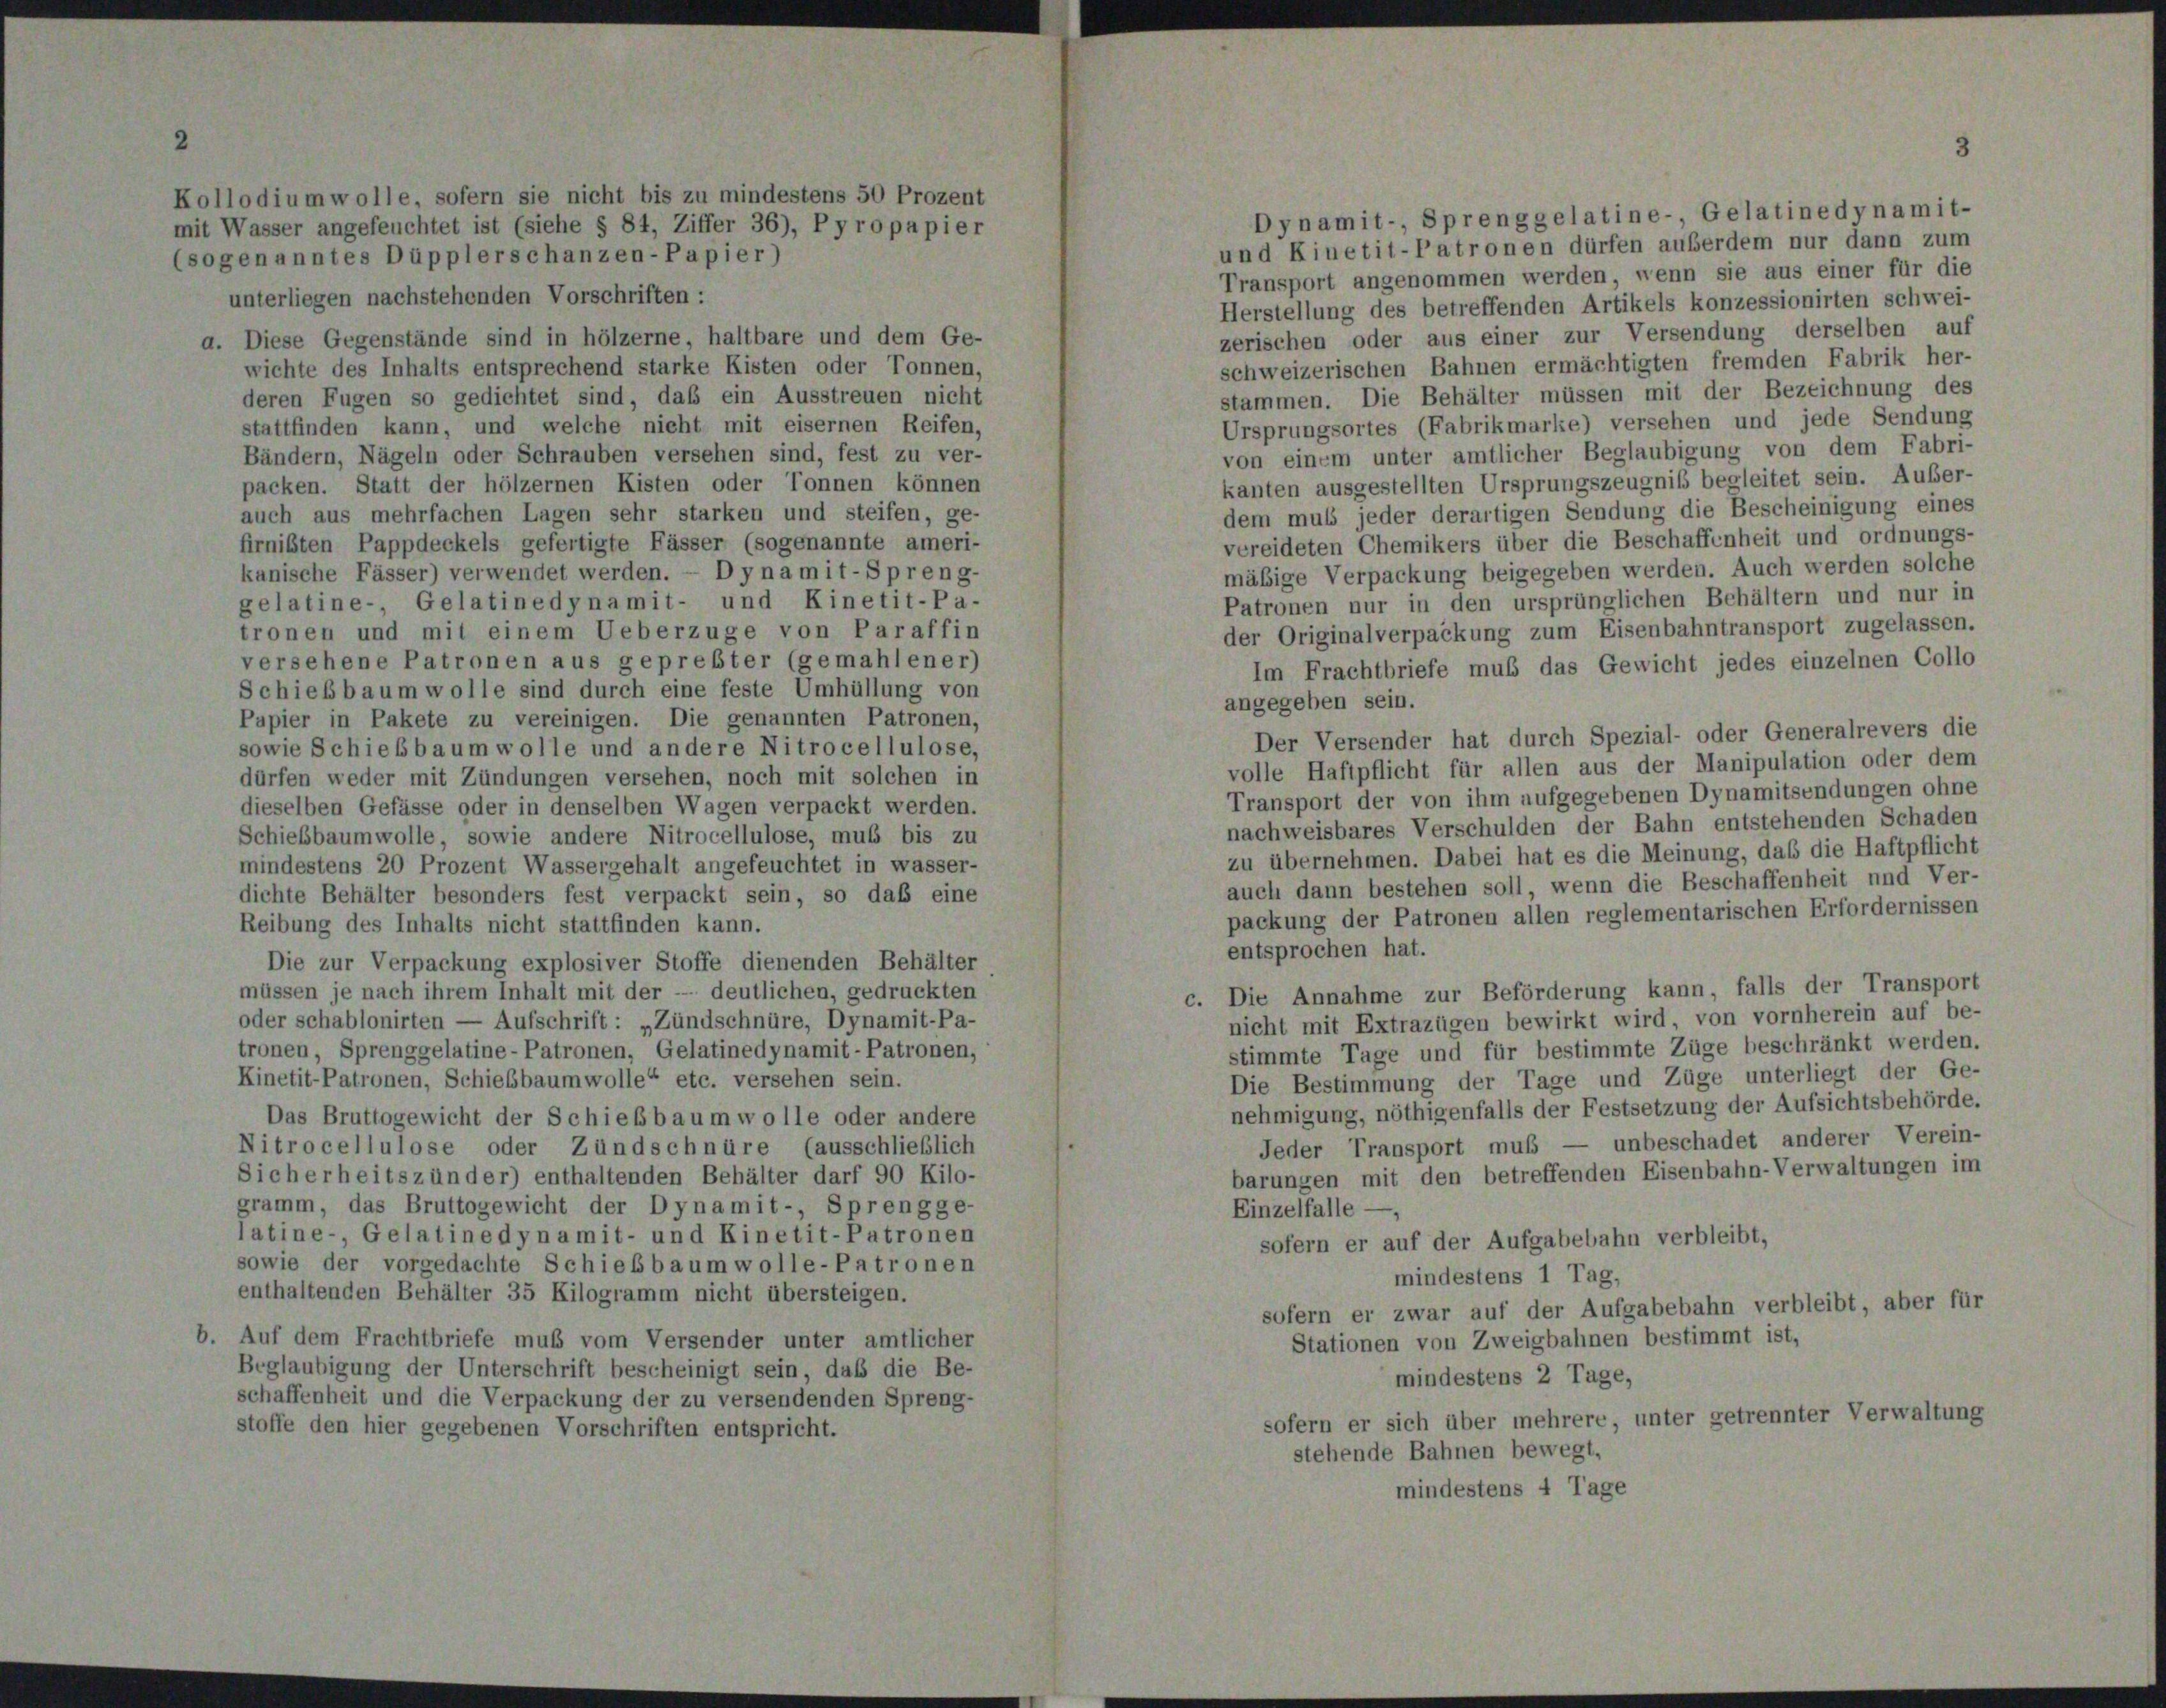
Dynamit-, Sprenggelatine-, Gelatinedynamit-
und Kiuetit-Patronen dürfen außerdem nur dann zum
Transport angenommen werden, wenn sie aus einer für die
unterliegen nachstehenden Vorschriften :
Herstellung des betreffenden Artikels konzessionirten schwei-
zerischen oder aus einer zur Versendung derselben auf
Diese Gegenstände sind in hölzerne, haltbare und dem Ge-
schweizerischen Bahnen ermächtigten fremden Fabrik her-
wichte des Inhalts entsprechend starke Kisten oder Tonnen,
stammen. Die Behälter müssen mit der Bezeichnung des
deren Fugen so gedichtet sind, daß ein Ausstreuen nicht
Ursprungsortes (Fabrikmarke) versehen und jede Sendung
stattfinden kann, und welche nicht mit eisernen Reifen,
von einem unter amtlicher Beglaubigung von dem Fabri-
Bändern, Nägeln oder Schrauben versehen sind, fest zu ver-
kanten ausgestellten Ursprungszeugnis begleitet sein. Außer-
packen. Statt der hölzernen Kisten oder Tonnen können
dem muss jeder derartigen Sendung die Bescheinigung eines
auch aus mehrfachen Lagen sehr starken und steifen, ge-
vereideten Chemikers über die Beschaffenheit und ordnungs-
firnisten Pappdeckels gefertigte Fässer (sogenannte ameri-
mäßige Verpackung beigegeben werden. Auch werden solche
kanische Fässer) verwendet werden. — Dyna mit-Spreng-
Patronen nur in den ursprünglichen Behältern und nur in
gelatine-, Gelatinedynamit- und Kinetit-Pa-
der Originalverpackung zum Eisenbahntransport zugelassen.
tronen und mit einem Ueberzüge von Paraffin
versehene Patronen aus geprester (gemahlener
Im Frachtbriefe muß das Gewicht jedes einzelnen Collo
Schiebbaum wolle sind durch eine feste Umhüllung von
angegeben sein.
Papier in Pakete zu vereinigen. Die genannten Patronen,
Der Versender hat durch Spezial- oder Generalrevers die
sowie Schiebbaumwolle und andere Nitrocellulose,
volle Haftpflicht für allen aus der Manipulation oder dem
dürfen weder mit Zündungen versehen, noch mit solchen in
Transport der von ihm aufgegebenen Dynamitsendungen ohne
dieselben Gefässe oder in denselben Wagen verpackt werden.
nachweisbares Verschulden der Bahn entstehenden Schaden
Schiebbaumwolle, sowie andere Nitrocellulose, muß bis zu
zu übernehmen. Dabei hat es die Meinung, daß die Haftpflicht
mindestens 20 Prozent Wassergehalt angefeuchtet in wasser-
auch dann bestehen soll, wenn die Beschaffenheit und Ver-
dichte Behälter besonders fest verpackt sein, so daß eine
packung der Patronen allen reglementarischen Erfordernissen
Reibung des Inhalts nicht stattfinden kann.
entsprochen hat.
Die zur Verpackung explosiver Stoffe dienenden Behälter
müssen je nach ihrem Inhalt mit der - deutlichen, gedruckten
c. Die Annahme zur Beförderung kann, falls der Transport
nicht mit Extrazügen bewirkt wird, von vornherein auf be-
oder schablonirten — Aufschrift: „Zündschnüre, Dynamit-Pa-
stimmte Tage und für bestimmte Züge beschränkt werden.
tronen, Sprenggelatine-Patronen, Gelatinedynamit-Patronen,
Die Bestimmung der Tage und Züge unterliegt der Ge-
Kinetit-Patronen, Schiebbaumwolle“ etc. versehen sein.
nehmigung, nöthigenfalls der Festsetzung der Aufsichtsbehörde,
Das Bruttogewicht der Schießbaumwolle oder andere
Jeder Transport muß — unbeschadet anderer Verein-
Nitrocellulose oder Zündschnüre (ausschließlich
barungen mit den betreffenden Eisenbahn-Verwaltungen im
Sicherheitszünder) enthaltenden Behälter darf 90 Kilo-
gramm, das Bruttogewicht der Dynamit-, Sprengge-
Einzelfalle —
latine-, Gelatinedynamit- und Kinetit-Patronen
sofern er auf der Aufgabebahn verbleibt,
sowie der vorgedachte Schiebbaumwolle-Patronen
mindestens 1 Tag,
enthaltenden Behälter 35 Kilogramm nicht übersteigen.
sofern er zwar auf der Aufgabebahn verbleibt, aber für
Auf dem Frachtbriefe muß vom Versender unter amtlicher
Stationen von Zweigbahnen bestimmt ist,
Beglaubigung der Unterschrift bescheinigt sein, daß die Be-
mindestens 2 Tage,
schaffenheit und die Verpackung der zu versendenden Spreng-
sofern er sich über mehrere, unter getrennter Verwaltung
stoffe den hier gegebenen Vorschriften entspricht.
stehende Bahnen bewegt,
mindestens 4 Tage

enanntes Düpplerschanzen-Papier)

odium wolle, sofern sie nicht bis zu mindestens 50 Prozent
Wasser angefeuchtet ist (siehe § 84, Ziffer 36), Pyro papier